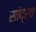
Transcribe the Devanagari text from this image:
सांद्रव